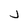
Character: v